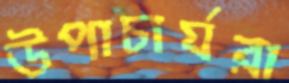
উপাচার্যরা